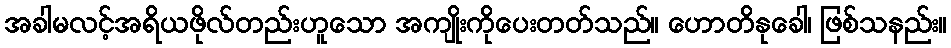
အခါမလင့်အရိယဖိုလ်တည်းဟူသော အကျိုးကိုပေးတတ်သည်။ ဟောတိနုခေါ၊ ဖြစ်သနည်း။